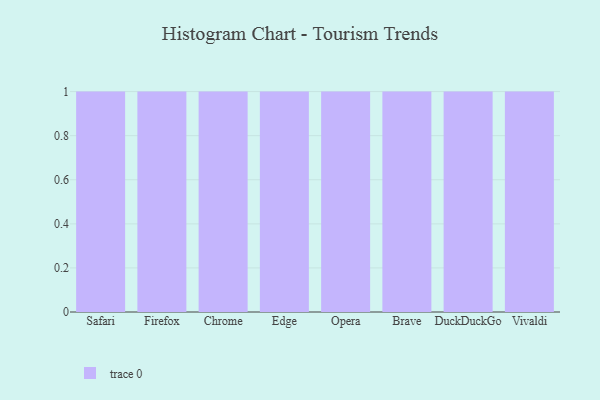
{"axis": {"x": "Browser", "y": "Temperature (°C)"}, "legend": [""], "data": [{"x": "Safari", "y": 31, "type": ""}, {"x": "Firefox", "y": 57, "type": ""}, {"x": "Chrome", "y": 77, "type": ""}, {"x": "Edge", "y": 64, "type": ""}, {"x": "Opera", "y": 70, "type": ""}, {"x": "Brave", "y": 75, "type": ""}, {"x": "DuckDuckGo", "y": 25, "type": ""}, {"x": "Vivaldi", "y": 76, "type": ""}]}